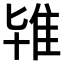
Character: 𨾙